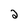
Character: 2